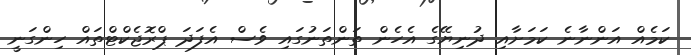
ކަމެއް އަންނާނެ ކަމަށާއި ދުނިޔޭގެ އެހެން ތަންތަނުގައި ވެސް އެފަދަ ޕްރޮޖެކްޓްތައް ހިންގަނީ